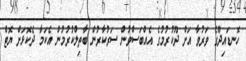
ހޮނޑައިދޫގެ ވަރުވާ އަށް ދޫކުރުމުގެ އެއްބަސްވުން ސަރުކާރުން ބާތިލްކުރުމުން އެކަމާ ދެކޮޅަށް ޔޮޓް